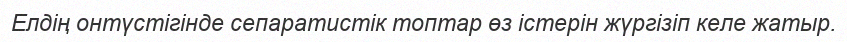
Елдің онтүстігінде сепаратистік топтар өз істерін жүргізіп келе жатыр.